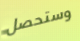
وستحصل